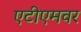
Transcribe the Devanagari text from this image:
एटीएमवर